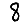
Digit: 8